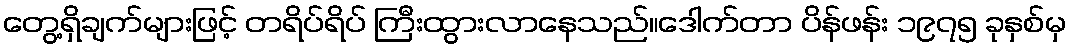
တွေ့ရှိချက်များဖြင့် တရိပ်ရိပ် ကြီးထွားလာနေသည်။ဒေါက်တာ ပိန်ဖန်း ၁၉၇၅ ခုနှစ်မှ